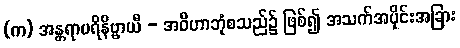
(က) အန္တရာပရိနိဗ္ဗာယီ - အဝိဟာဘုံစသည်၌ ဖြစ်၍ အသက်အပိုင်းအခြား